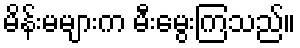
မိန်းမများက မီးမွေးကြသည်။